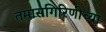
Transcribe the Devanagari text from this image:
तमासगिरिणीच्या